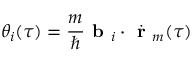
\theta _ { i } ( \tau ) = \frac { m } { \hbar } \textbf { b } _ { i } \cdot \dot { \textbf { r } } _ { m } ( \tau )